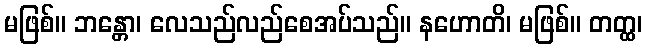
မဖြစ်။ ဘန္တော၊ လေသည်လည်စေအပ်သည်။ နဟောတိ၊ မဖြစ်။ တတ္ထ၊